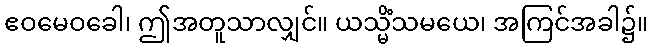
ဧဝမေဝခေါ၊ ဤအတူသာလျှင်။ ယသ္မိံသမယေ၊ အကြင်အခါ၌။